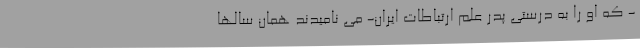
- که او را به درستی پدر علم ارتباطات ایران- می نامیدند همان سالها